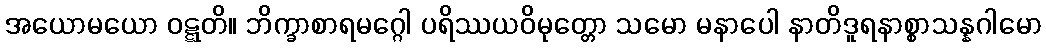
အယောမယော ဝဋ္ဋတိ။ ဘိက္ခာစာရမဂ္ဂေါ ပရိဿယဝိမုတ္တော သမော မနာပေါ နာတိဒူရနာစ္စာသန္နဂါမော